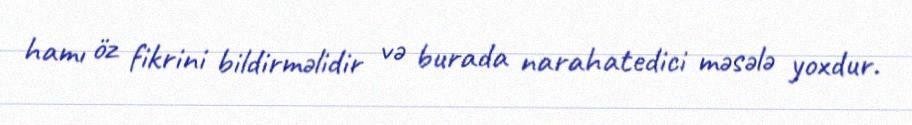
hamı öz fikrini bildirməlidir və burada narahatedici məsələ yoxdur.